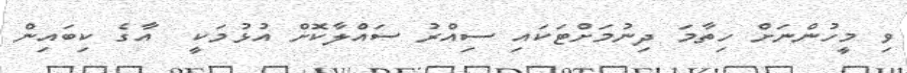
ވި މީހުންނަށް ހިތާމަ ދިނުމަށްޓަކައި ސިއްރު ސައްލާކޮށް އުޅުމަކީ  އާގެ ކިބައިން